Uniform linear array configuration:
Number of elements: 12
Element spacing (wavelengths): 1
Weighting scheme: exponential
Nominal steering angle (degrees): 30
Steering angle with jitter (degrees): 30.512
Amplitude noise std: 0.05
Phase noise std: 0.05

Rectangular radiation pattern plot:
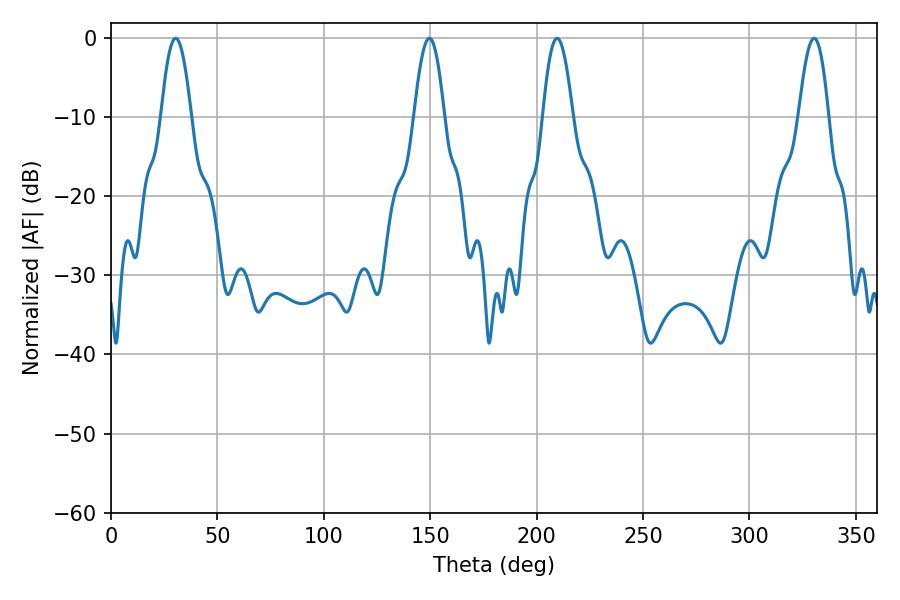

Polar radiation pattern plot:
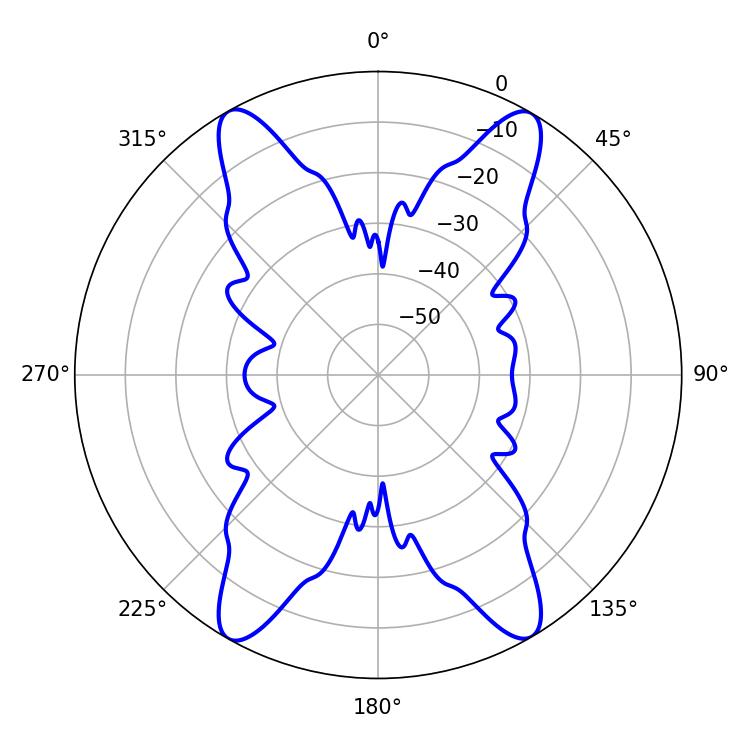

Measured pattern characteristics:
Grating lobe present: TRUE
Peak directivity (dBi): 28.69
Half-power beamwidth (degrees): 7.56
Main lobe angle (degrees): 30.42